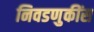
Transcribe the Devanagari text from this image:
निवडणुकींस